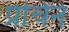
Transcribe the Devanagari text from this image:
प्रचिन